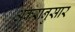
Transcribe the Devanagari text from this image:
अकरानुसार